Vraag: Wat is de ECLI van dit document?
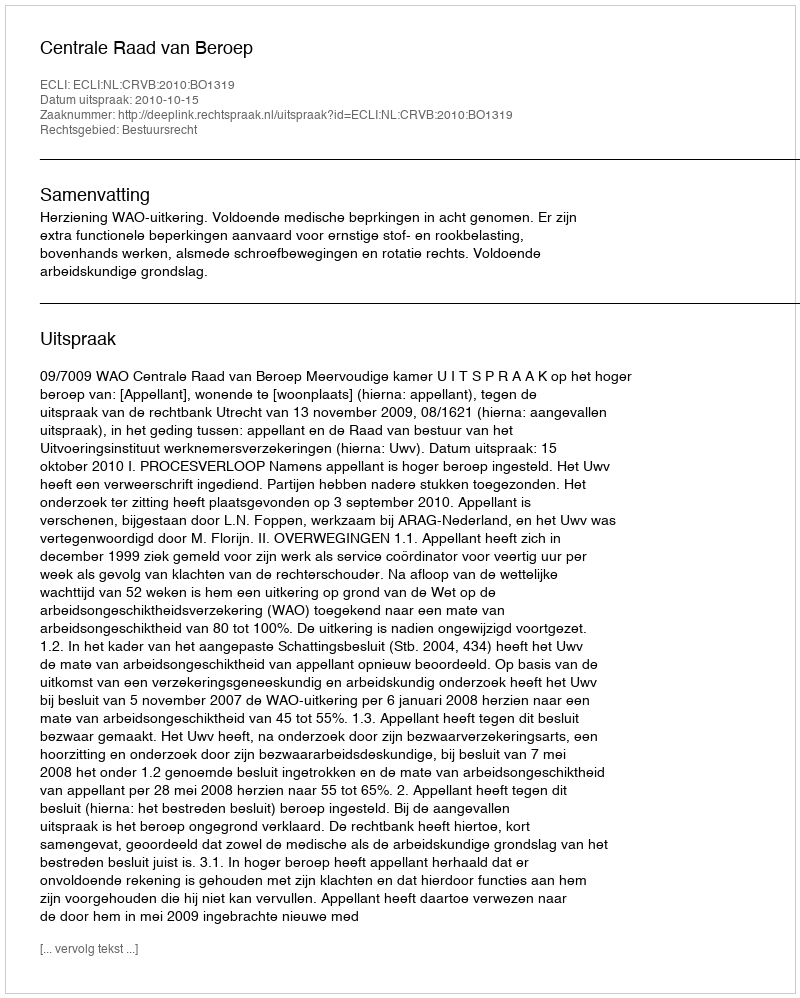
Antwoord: ECLI:NL:CRVB:2010:BO1319